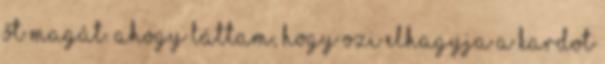
őt magát. Ahogy láttam, hogy Ozi elhagyja a kardot